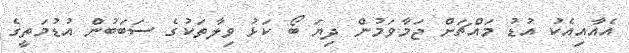
އެއާއިއެކު އުޑު މައްޗަށް ޖަމާވަމުން ދިޔަ ބޯ ކަޅު ވިލާތަކުގެ ސަބަބުން އުޑުމަތީގެ